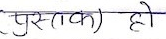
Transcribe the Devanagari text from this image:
(पुस्तक) हो